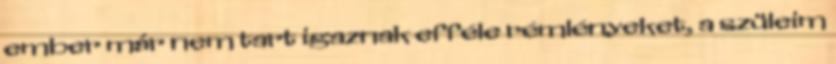
ember már nem tart igaznak efféle rémlényeket, a szüleim